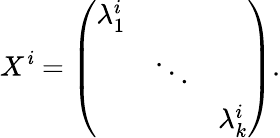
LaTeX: X^{\mathit{i}}=\left(\begin{array}{ccc}{{\lambda_{1}^{i}}}&{{}}&{{}}\\ {{}}&{{\ddots}}&{{}}\\ {{}}&{{}}&{{\lambda_{k}^{i}}}\end{array}\right).